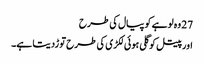
27 وہ لوہے کو پیال کی طرح
اور پیتل کو گلی ہوئی لکڑی کی طرح توڑدیتا ہے۔